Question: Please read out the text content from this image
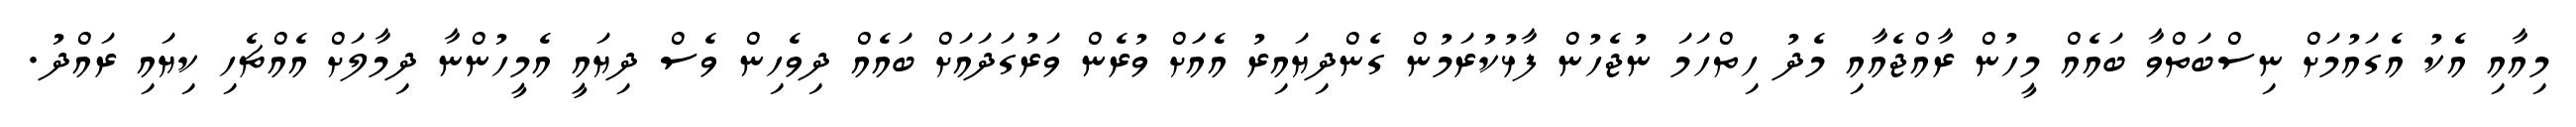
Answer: މިއާއި އެކު އެގައުމަށް ނިސްބަތްވާ ބައެއް މީހުން ރާއްޖެއާއި މެދު ހިތްހަމަ ނުޖެހުން ފާޅުކުރަމުން ގެންދިޔައިރު އެއަަށް ވުރެން ވަރުގަދައަށް ބައެއް ދިވެހިން ވެސް ދިޔައީ އެމީހުންނާ ދިމާލަށް އެއްޗެހި ކިޔައި ރައްދު.